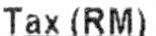
TAX(RM)